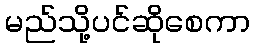
မည်သို့ပင်ဆိုစေကာ